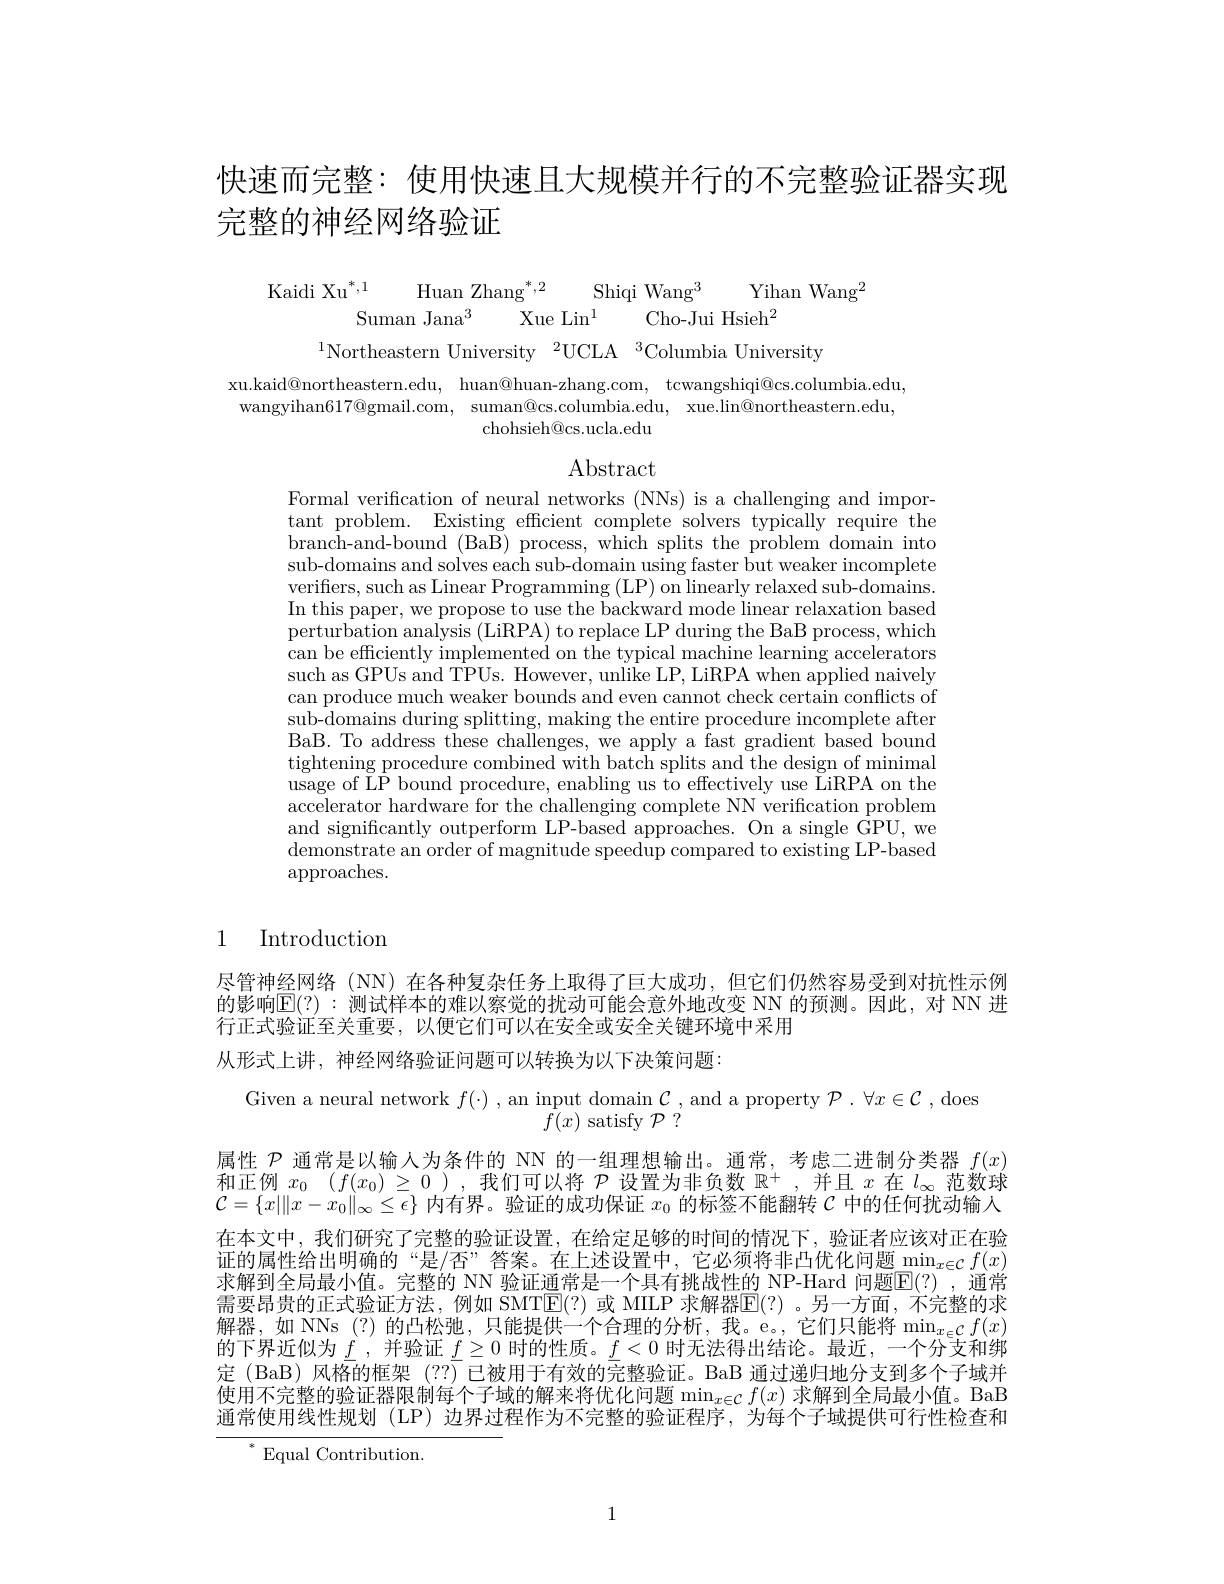
快速而完整：使用快速且大规模并行的不完整验证器实现
完整的神经网络验证
$$\mathrm{Kaidi~Xu}^{*,1}\quad\mathrm{Huan~Zhang}^{*,2}\quad\mathrm{Shiqi~Wang}^{3}\quad\mathrm{Yihan~Wang}^{2}\\\mathrm{Suman~Jana}^{3}\quad\mathrm{Xue~Lin}^{1}\quad\mathrm{Cho-Jui~Hsieh}^{2}\\^{1}\mathrm{Northeastern~University~}^{2}\mathrm{UCLA~}^{3}\mathrm{Columbia~University}$$
xu.kaid@northeastern.edu, huan@huan-zhang.com, tcwangshiqi@cs.columbia.edu, wangyihan$617@$gmail.com, suman@cs.columbia.edu, xue.lin@northeastern.edu,
chohsieh@cs.ucla.edu

# $\operatorname{Abstract}$

Formal verification of neural networks (NNs) is a challenging and important problem. Existing efficient complete solvers typically require the branch-and-bound (BaB) process, which splits the problem domain into sub-domains and solves each sub-domain using faster but weaker incomplete verifiers, such as Linear Programming (LP) on linearly relaxed sub-domains. In this paper, we propose to use the backward mode linear relaxation based perturbation analysis (LiRPA) to replace LP during the BaB process, which can be efficiently implemented on the typical machine learning accelerators such as GPUs and TPUs. However, unlike LP, LiRPA when applied naively can produce much weaker bounds and even cannot check certain conflicts of sub-domains during splitting, making the entire procedure incomplete after BaB. To address these challenges, we apply a fast gradient based bound tightening procedure combined with batch splits and the design of minimal usage of LP bound procedure, enabling us to effectively use LiRPA on the accelerator hardware for the challenging complete NN verification problem and significantly outperform LP-based approaches. On a single GPU, we $\bar{\text{demonstrate an order of magnitude speedup compared to existing LP-based}}$ approaches.

# 1 Introduction

尽管神经网络(NN)在各种复杂任务上取得了巨大成功，但它们仍然容易受到对抗性示例的影响$\mathbb{E}(?):$ 测试样本的难以察觉的扰动可能会意外地改变 NN 的预测。因此，对 NN 进行正式验证至关重要，以便它们可以在安全或安全关键环境中采用
从形式上讲，神经网络验证问题可以转换为以下决策问题：

$\begin{array}{c}{\mathrm{Given~a~neural~network~}f(\cdot),~an~input~domain~}\mathcal{C},~\mathrm{and~a~property~}\mathcal{P}.~\forall x\in\mathcal{C}~,~\mathrm{does}\\f(x)~\mathrm{satisfy~}\mathcal{P}~?\end{array}$
属性$\mathcal{P}$通常是以输入为条件的 NN 的一组理想输出。通常，考虑二进制分类器$f(x)$ 和正例$x_0$ $( f( x_0) \geq 0$ ),我们可以将$\mathcal{P}$设置为非负数$\mathbb{R}^+$,并且$x$在$l_\infty$范数球$\mathcal{C}=\{x\|x-x_0\|_\infty\leq\epsilon\}$内有界。验证的成功保证$x_0$的标签不能翻转$\mathcal{C}$中的任何扰动输人在本文中，我们研究了完整的验证设置，在给定足够的时间的情况下，验证者应该对正在验证的属性给出明确的“是/否”答案。在上述设置中，它必须将非凸优化问题$\min_{x\in\mathcal{C}}f(x)$ 求解到全局最小值。完整的 NN 验证通常是一个具有挑战性的 NP-Hard 问题$\overline{\mathbb{E}}(?)$ ,通常需要昂贵的正式验证方法，例如 SMTE(?)或 MILP 求解器$\overline{\mathrm{E}}(?)$ 。另一方面，不完整的求解器，如 NNs(?)的凸松弛，只能提供一个合理的分析，我。e。,它们只能将$\min_x\in\mathcal{C}f(x)$ 的下界近似为$\underline f$,并验证$\underline{f}\geq0$时的性质。$\underline{f}<0$时无法得出结论。最近，一个分支和绑定(BaB)风格的框架(??) 已被用于有效的完整验证。BaB 通过递归地分支到多个子域并使用不完整的验证器限制每个子域的解来将优化问题$\min_{x\in\mathcal{C}}f(x)$ 求解到全局最小值。BaB 通常使用线性规划 (LP) 边界过程作为不完整的验证程序，为每个子域提供可行性检查和
Equal Contribution.

1